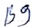
Text: B9